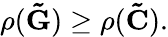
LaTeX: \begin{array}{r}{\rho(\mathbf{\tilde{G}})\geq\rho(\mathbf{\tilde{C}}).}\end{array}